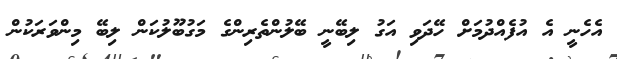
އެހެނީ އެ އުފެއްދުމަށް ހޭދަވި އަގު ލިބޭނީ ބޭލުންތެރިންގެ މަގުބޫލުކަން ލިބޭ މިންވަރަކުން